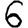
Digit: 6